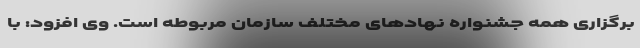
برگزاری همه جشنواره نهادهای مختلف سازمان مربوطه است. وی افزود: با